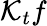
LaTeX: \mathcal{K}_{t}f